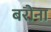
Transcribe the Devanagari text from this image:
बरोना